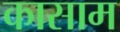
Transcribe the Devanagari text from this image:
कासाम